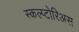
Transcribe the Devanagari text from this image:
स्कल्प्टोरिअस